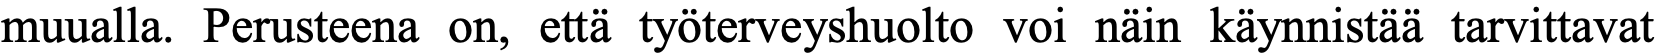
muualla. Perusteena on, että työterveyshuolto voi näin käynnistää tarvittavat